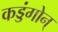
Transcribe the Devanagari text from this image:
कड्डंगोन्